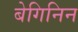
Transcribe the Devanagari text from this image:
बेगिनिन